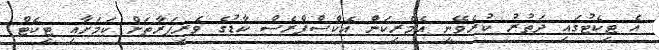
އެ ޓިކެޓުގައި ދަތުރު ކުރެވޭނީ އެމެރިކަން އެކްސްޕްރެސް ކާޑުގެ ވެރިފަރާތަށް ކަމަށާއި ޓިކެޓް